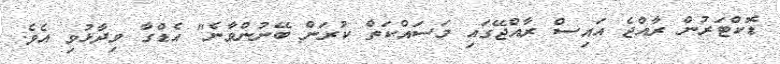
ޑޮކްޓަރުން ރާއްޖެ އައިސް ރާއްޖޭގައި މަސައްކަތް ކުރަން ބޭނުންވާނެ" އެޑްގާ ވިދާޅުވި އެވެ.